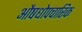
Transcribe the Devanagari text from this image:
औषधोपचारिक